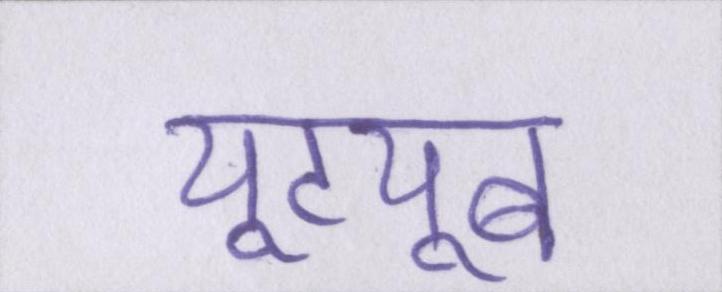
यूट्यूब